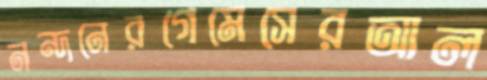
নন্দনেরগেমেসেরআল